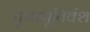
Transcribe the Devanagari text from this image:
पुष्पभूतिवंश